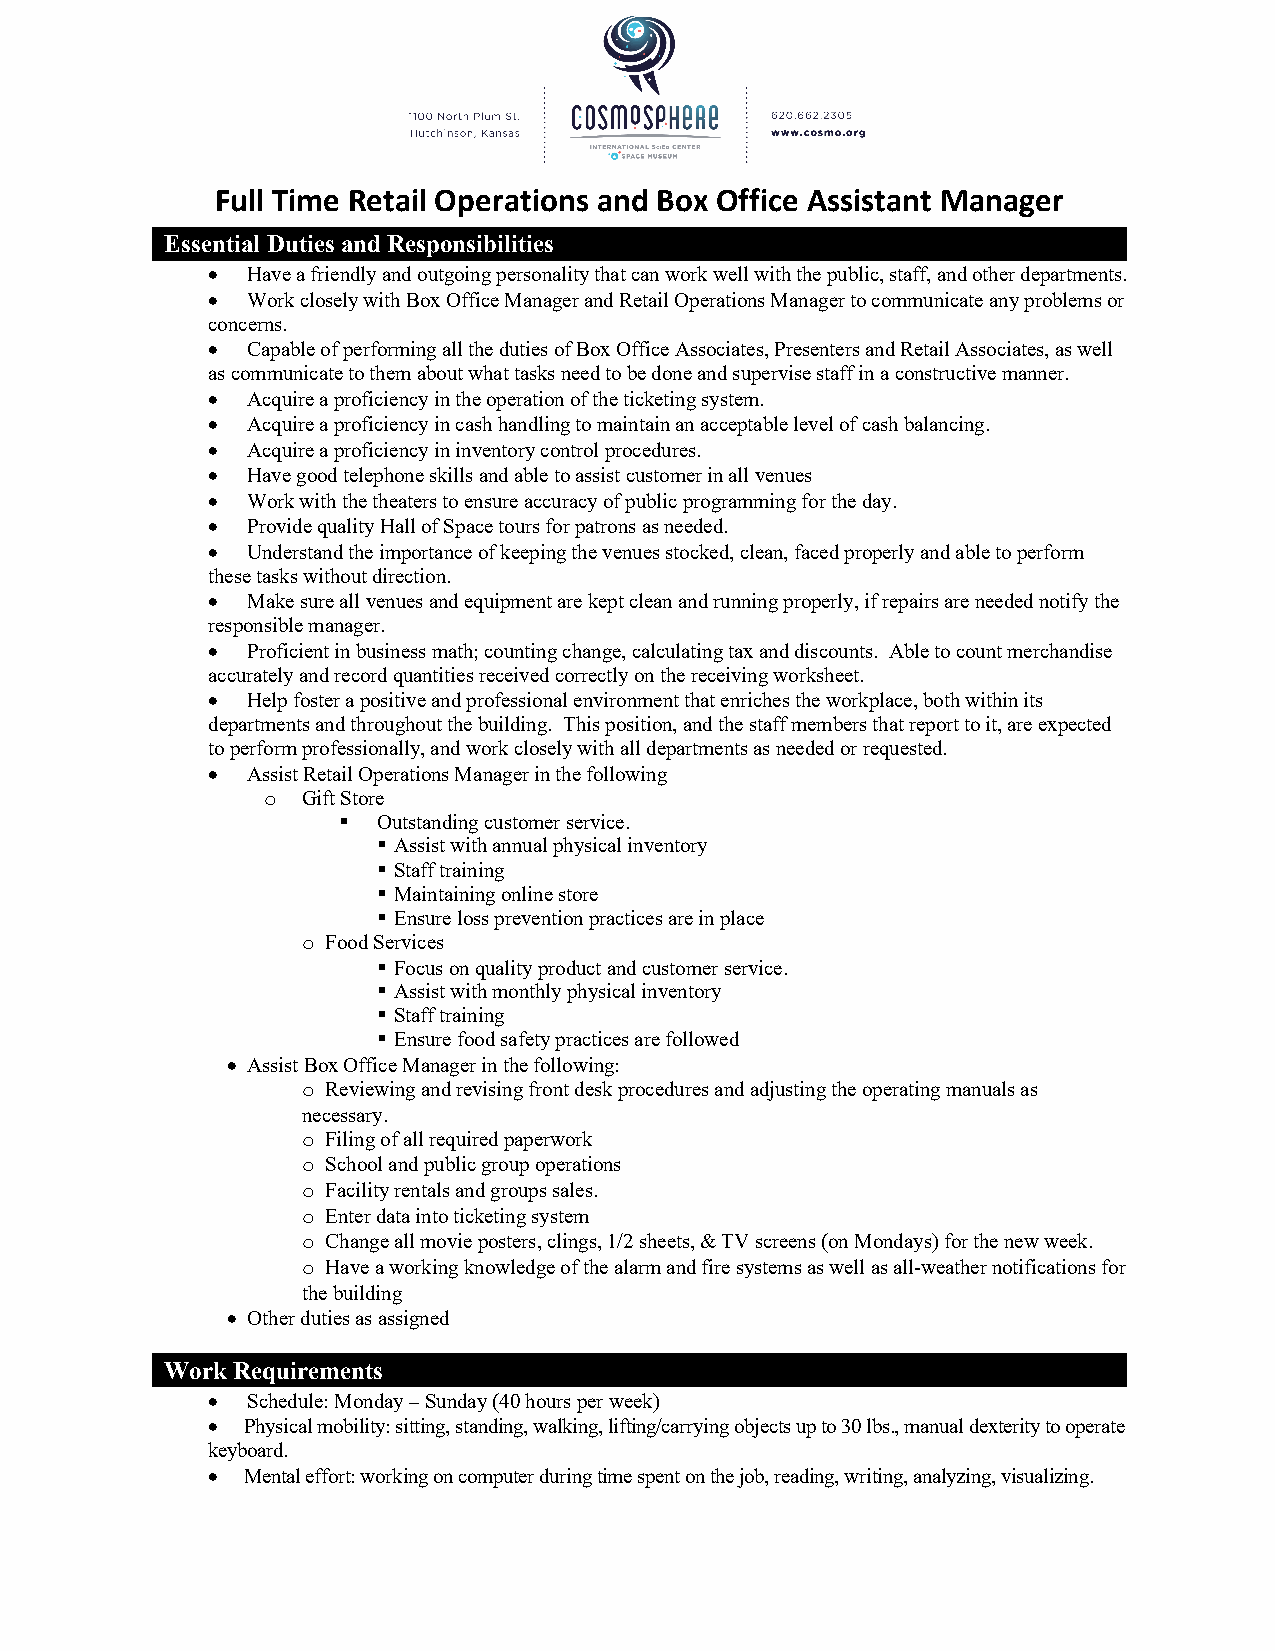
Full Time Retail Operations and Box Office Assistant Manager
 Essential Duties and Responsibilities
 • Have a friendly and outgoing personality that can work well with the public, staff, and other departments.
 • Work closely with Box Office Manager and Retail Operations Manager to communicate any problems or
 concerns.
 • Capable of performing all the duties of Box Office Associates, Presenters and Retail Associates, as well
 as communicate to them about what tasks need to be done and supervise staff in a constructive manner.
 • Acquire a proficiency in the operation of the ticketing system.
 • Acquire a proficiency in cash handling to maintain an acceptable level of cash balancing.
 • Acquire a proficiency in inventory control procedures.
 • Have good telephone skills and able to assist customer in all venues
 • Work with the theaters to ensure accuracy of public programming for the day.
 • Provide quality Hall of Space tours for patrons as needed.
 • Understand the importance of keeping the venues stocked, clean, faced properly and able to perform
 these tasks without direction.
 • Make sure all venues and equipment are kept clean and running properly, if repairs are needed notify the
 responsible manager.
 • Proficient in business math; counting change, calculating tax and discounts. Able to count merchandise
 accurately and record quantities received correctly on the receiving worksheet.
 • Help foster a positive and professional environment that enriches the workplace, both within its
 departments and throughout the building. This position, and the staff members that report to it, are expected
 to perform professionally, and work closely with all departments as needed or requested.
 • Assist Retail Operations Manager in the following
 o Gift Store
 §  Outstanding customer service.
 § Assist with annual physical inventory
 § Staff training
 § Maintaining online store
 § Ensure loss prevention practices are in place
 o Food Services
 § Focus on quality product and customer service.
 § Assist with monthly physical inventory
 § Staff training
 § Ensure food safety practices are followed
 • Assist Box Office Manager in the following:
 o Reviewing and revising front desk procedures and adjusting the operating manuals as
 necessary.
 o Filing of all required paperwork
 o School and public group operations
 o Facility rentals and groups sales.
 o Enter data into ticketing system
 o Change all movie posters, clings, 1/2 sheets, & TV screens (on Mondays) for the new week.
 o Have a working knowledge of the alarm and fire systems as well as all-weather notifications for
 the building
 • Other duties as assigned
 Work Requirements
 • Schedule: Monday – Sunday (40 hours per week)
 • Physical mobility: sitting, standing, walking, lifting/carrying objects up to 30 lbs., manual dexterity to operate
 keyboard.
 • Mental effort: working on computer during time spent on the job, reading, writing, analyzing, visualizing.